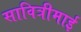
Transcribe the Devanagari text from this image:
सावित्रीमाई